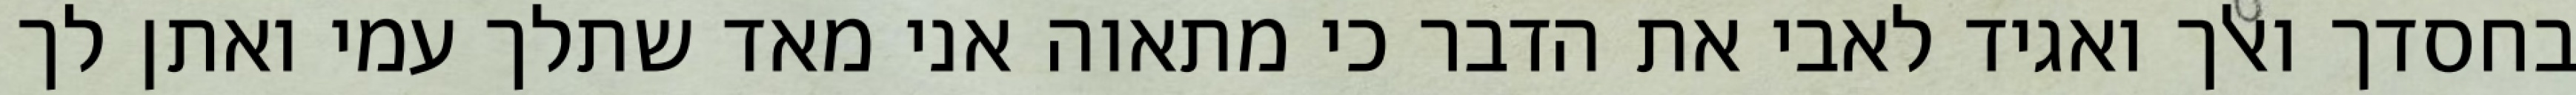
בחסדך ואלך ואגיד לאבי את הדבר כי מתאוה אני מאד שתלך עמי ואתן לך